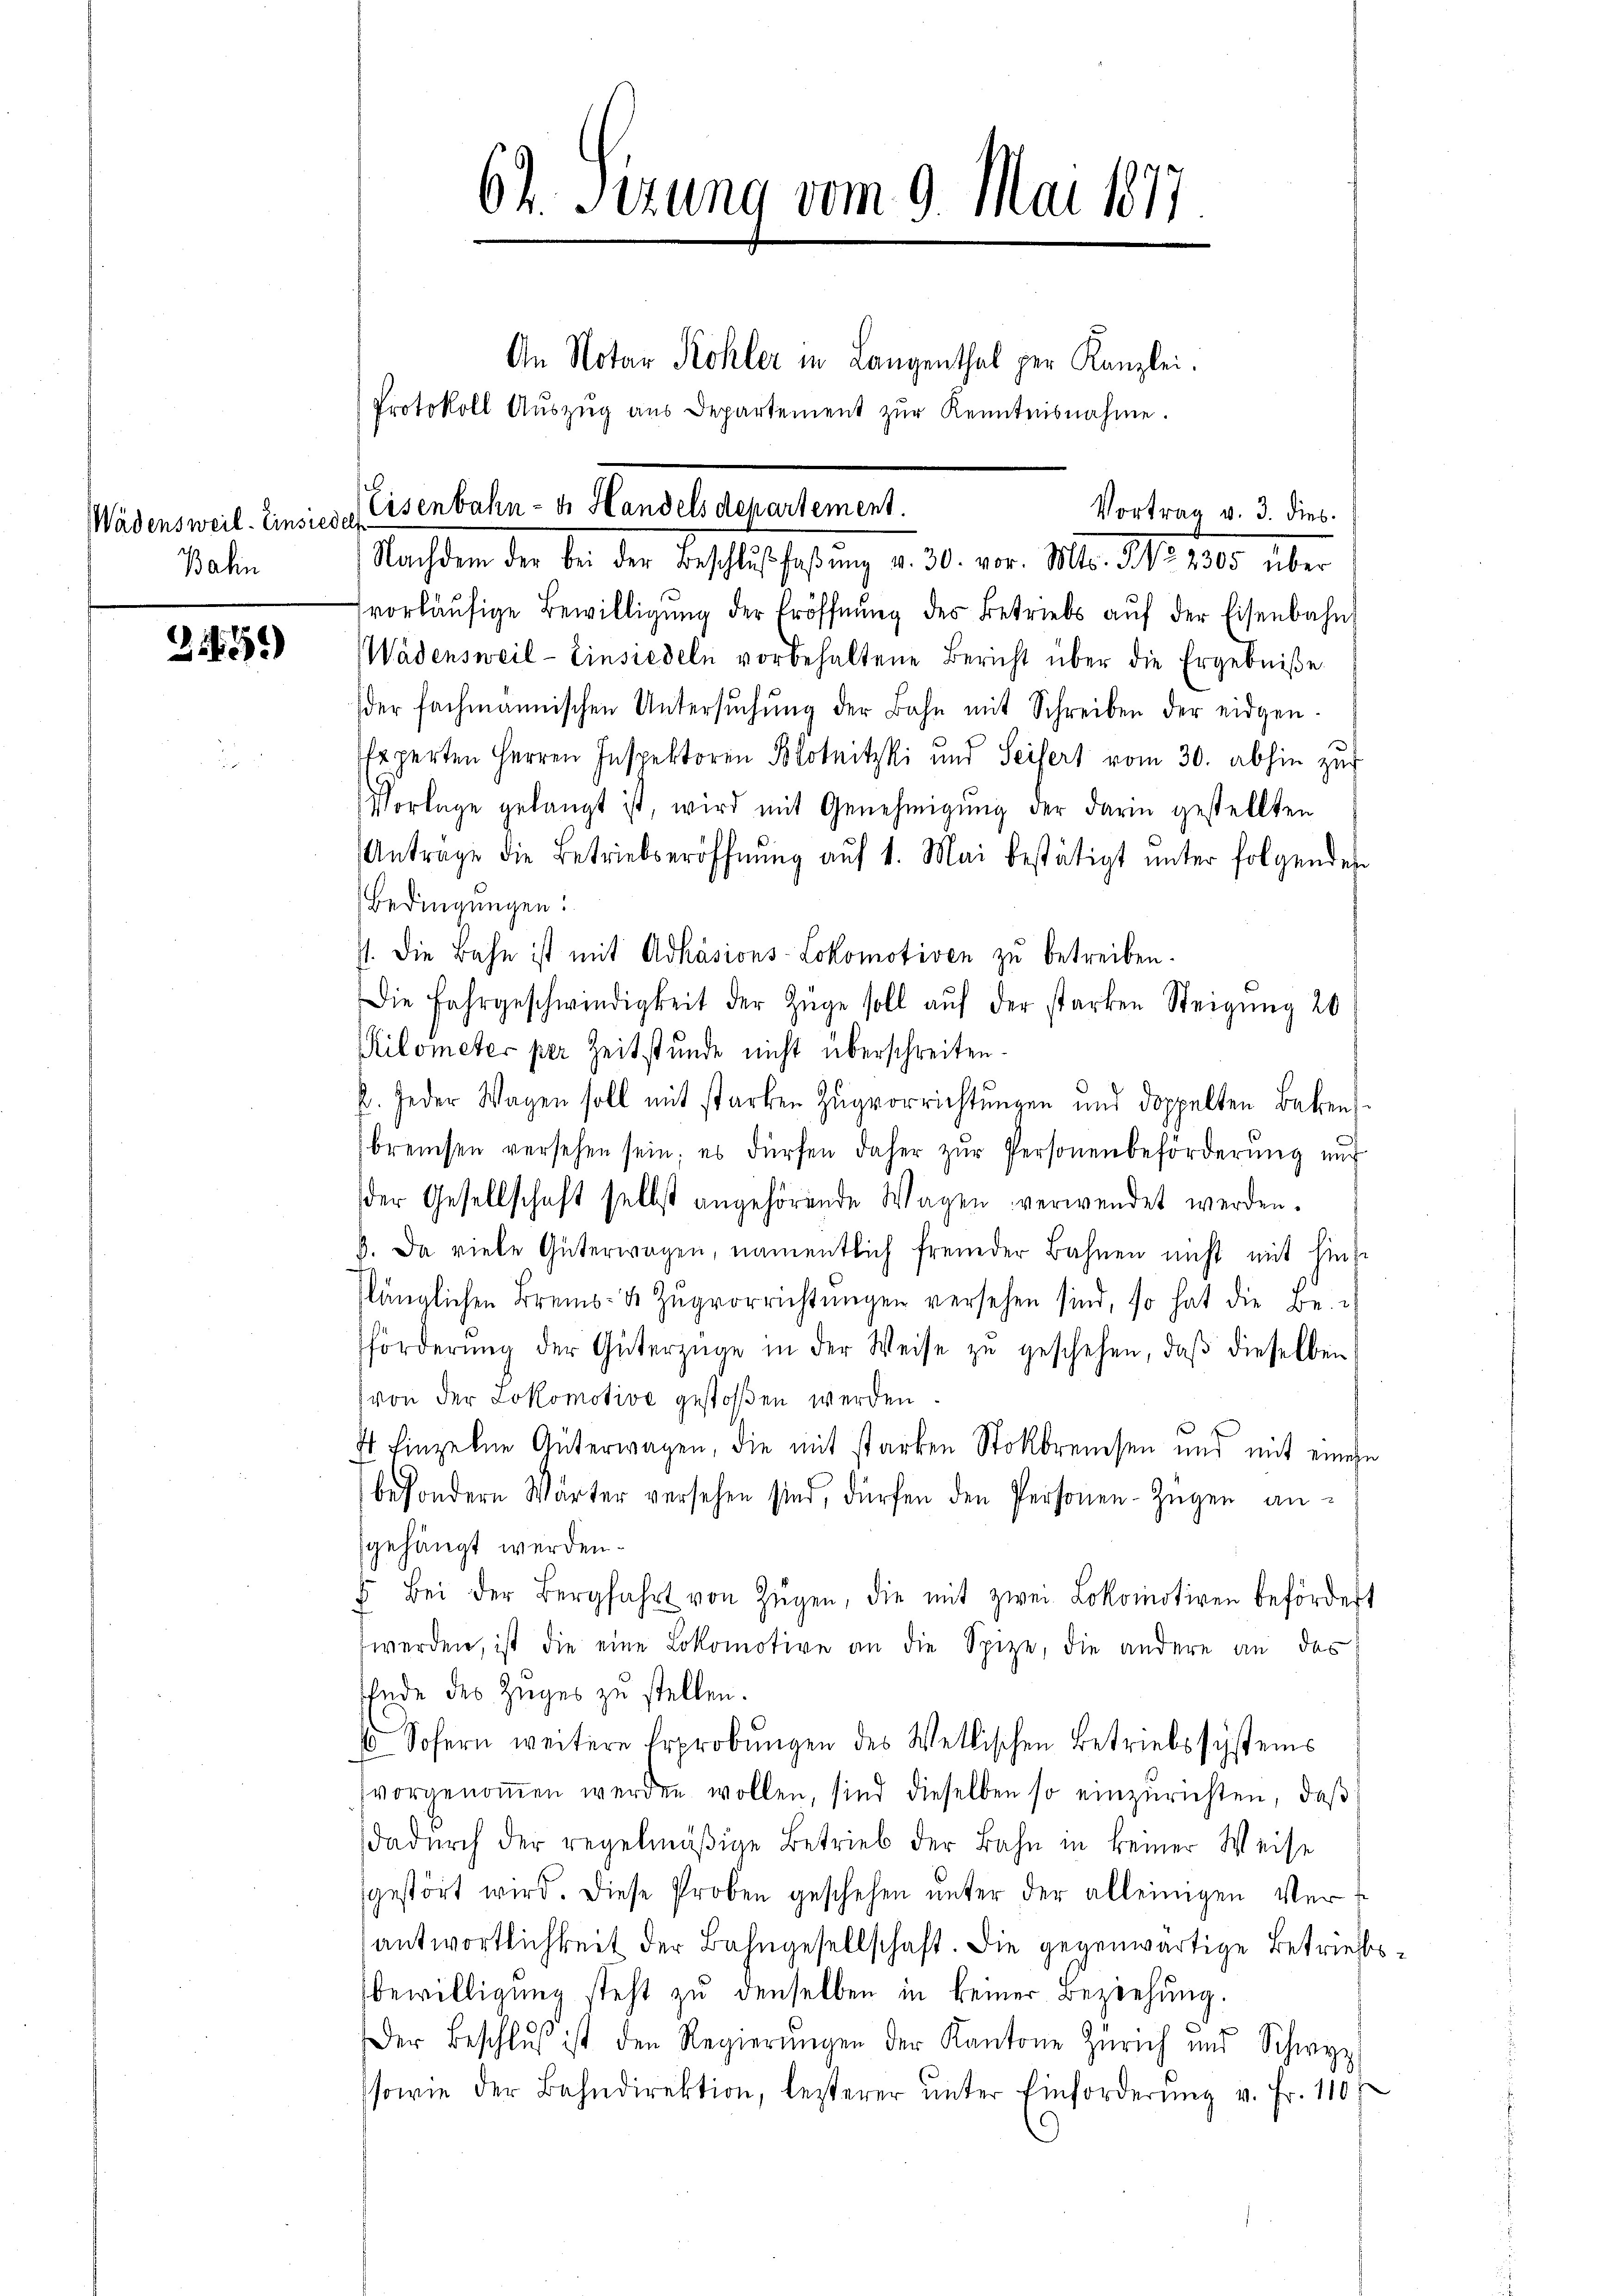
Wädensweil–Einsiedel
Bahn

21255)

62. Sizung vom 9. Mai 1877

Eisenbahn- u. Handels departement.
Vortrag v. 3. dies
Nachdem der bei der Beschlŭβfaβŭng v. 30. vor. Mts. NNo. 2305 über

An Notar Kohler in Langenthal per Kanzlei.
Protokoll Aŭszŭg aŭs Departement zŭr Kenntnisnahme.

vorläŭfige Bewilligŭng der Eröffnŭng des Betriebs aŭf der Eisenbahn
Wädensweil - Einsiedeln vorbehaltene Bericht über die Ergebniße
der fachmannischen Untersŭchŭng der Bahn mit Schreiben der eidgen.
feperten Herren Inspektoren Blotnitzki und Seitert vom 30. abhin zur
Vorlage gelangt ist, wird mit Genehmigŭng der darin gestellten
Antrage die Betriebseröffnŭng aŭf 1. Mai bestätigt ŭnter folgendes
Bedingungen:
st. Die Bahn ist mit Adkäsions-Lokomotiven zu betreiben.
Die Fahrgeschwindigkeit der Züge soll aŭf der starken Steigung 20
Kilometer per Zeitstunde nicht überschreiten.
k. Jeder Wagen soll mit starken Zugvorrichtungen und doppelten Beken
bremsen versehen sein; es dürfen daher zŭr Personenbeförderŭng ŭng
der Gesellschaft selbst angehörende Wagen verwendet werden.
d. Da viele Güterwagen, namentlich fremder Bahnen nicht mit hins
slänglichen Brems-de Zŭgvorrichtŭngen versehen sind, so hat die Be-
förderŭng der Güterzüge in der Weise zŭ geschehen, daβ dieselben
von der Lokomotive gestoßen werden.
I Einzelne Güterwagen, die mit starken Stokbreisen und mit einen
besondern Wärter versehen sind, dürfen den Personen-Zügen ansgehängt werden.
4. Bei der Bergfahrt von Zügen, die mit zwei Lokomotiven befördert
werden, ist die eine Lokomotive an die Spize, die andere an das
Ende des Zuges zu stellen.
6 Sofern weitere Erprobungen des Wettischen Betriebssystems
vorgenoṁen werden wollen, sind dieselben so einzurichten, daβ
dadŭrch der regelmäβige Betrieb der Bahn in keiner Weise
sgestört wird. Diese Proben geschehen unter der alleinigen Verantwortlichkeit der Bahngesellschaft. Die gegenwärtige Betriebsewilligŭng steht zŭ denselben in keiner Beziehung.
Der Beschlŭβ ist den Regierŭngen der Kantone Zürich und Schwyz,
sowie der Bahndirektion, lezterer ŭnter Einforderŭng v. Fr. 110 f